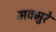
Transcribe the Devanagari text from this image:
मक्मुरे